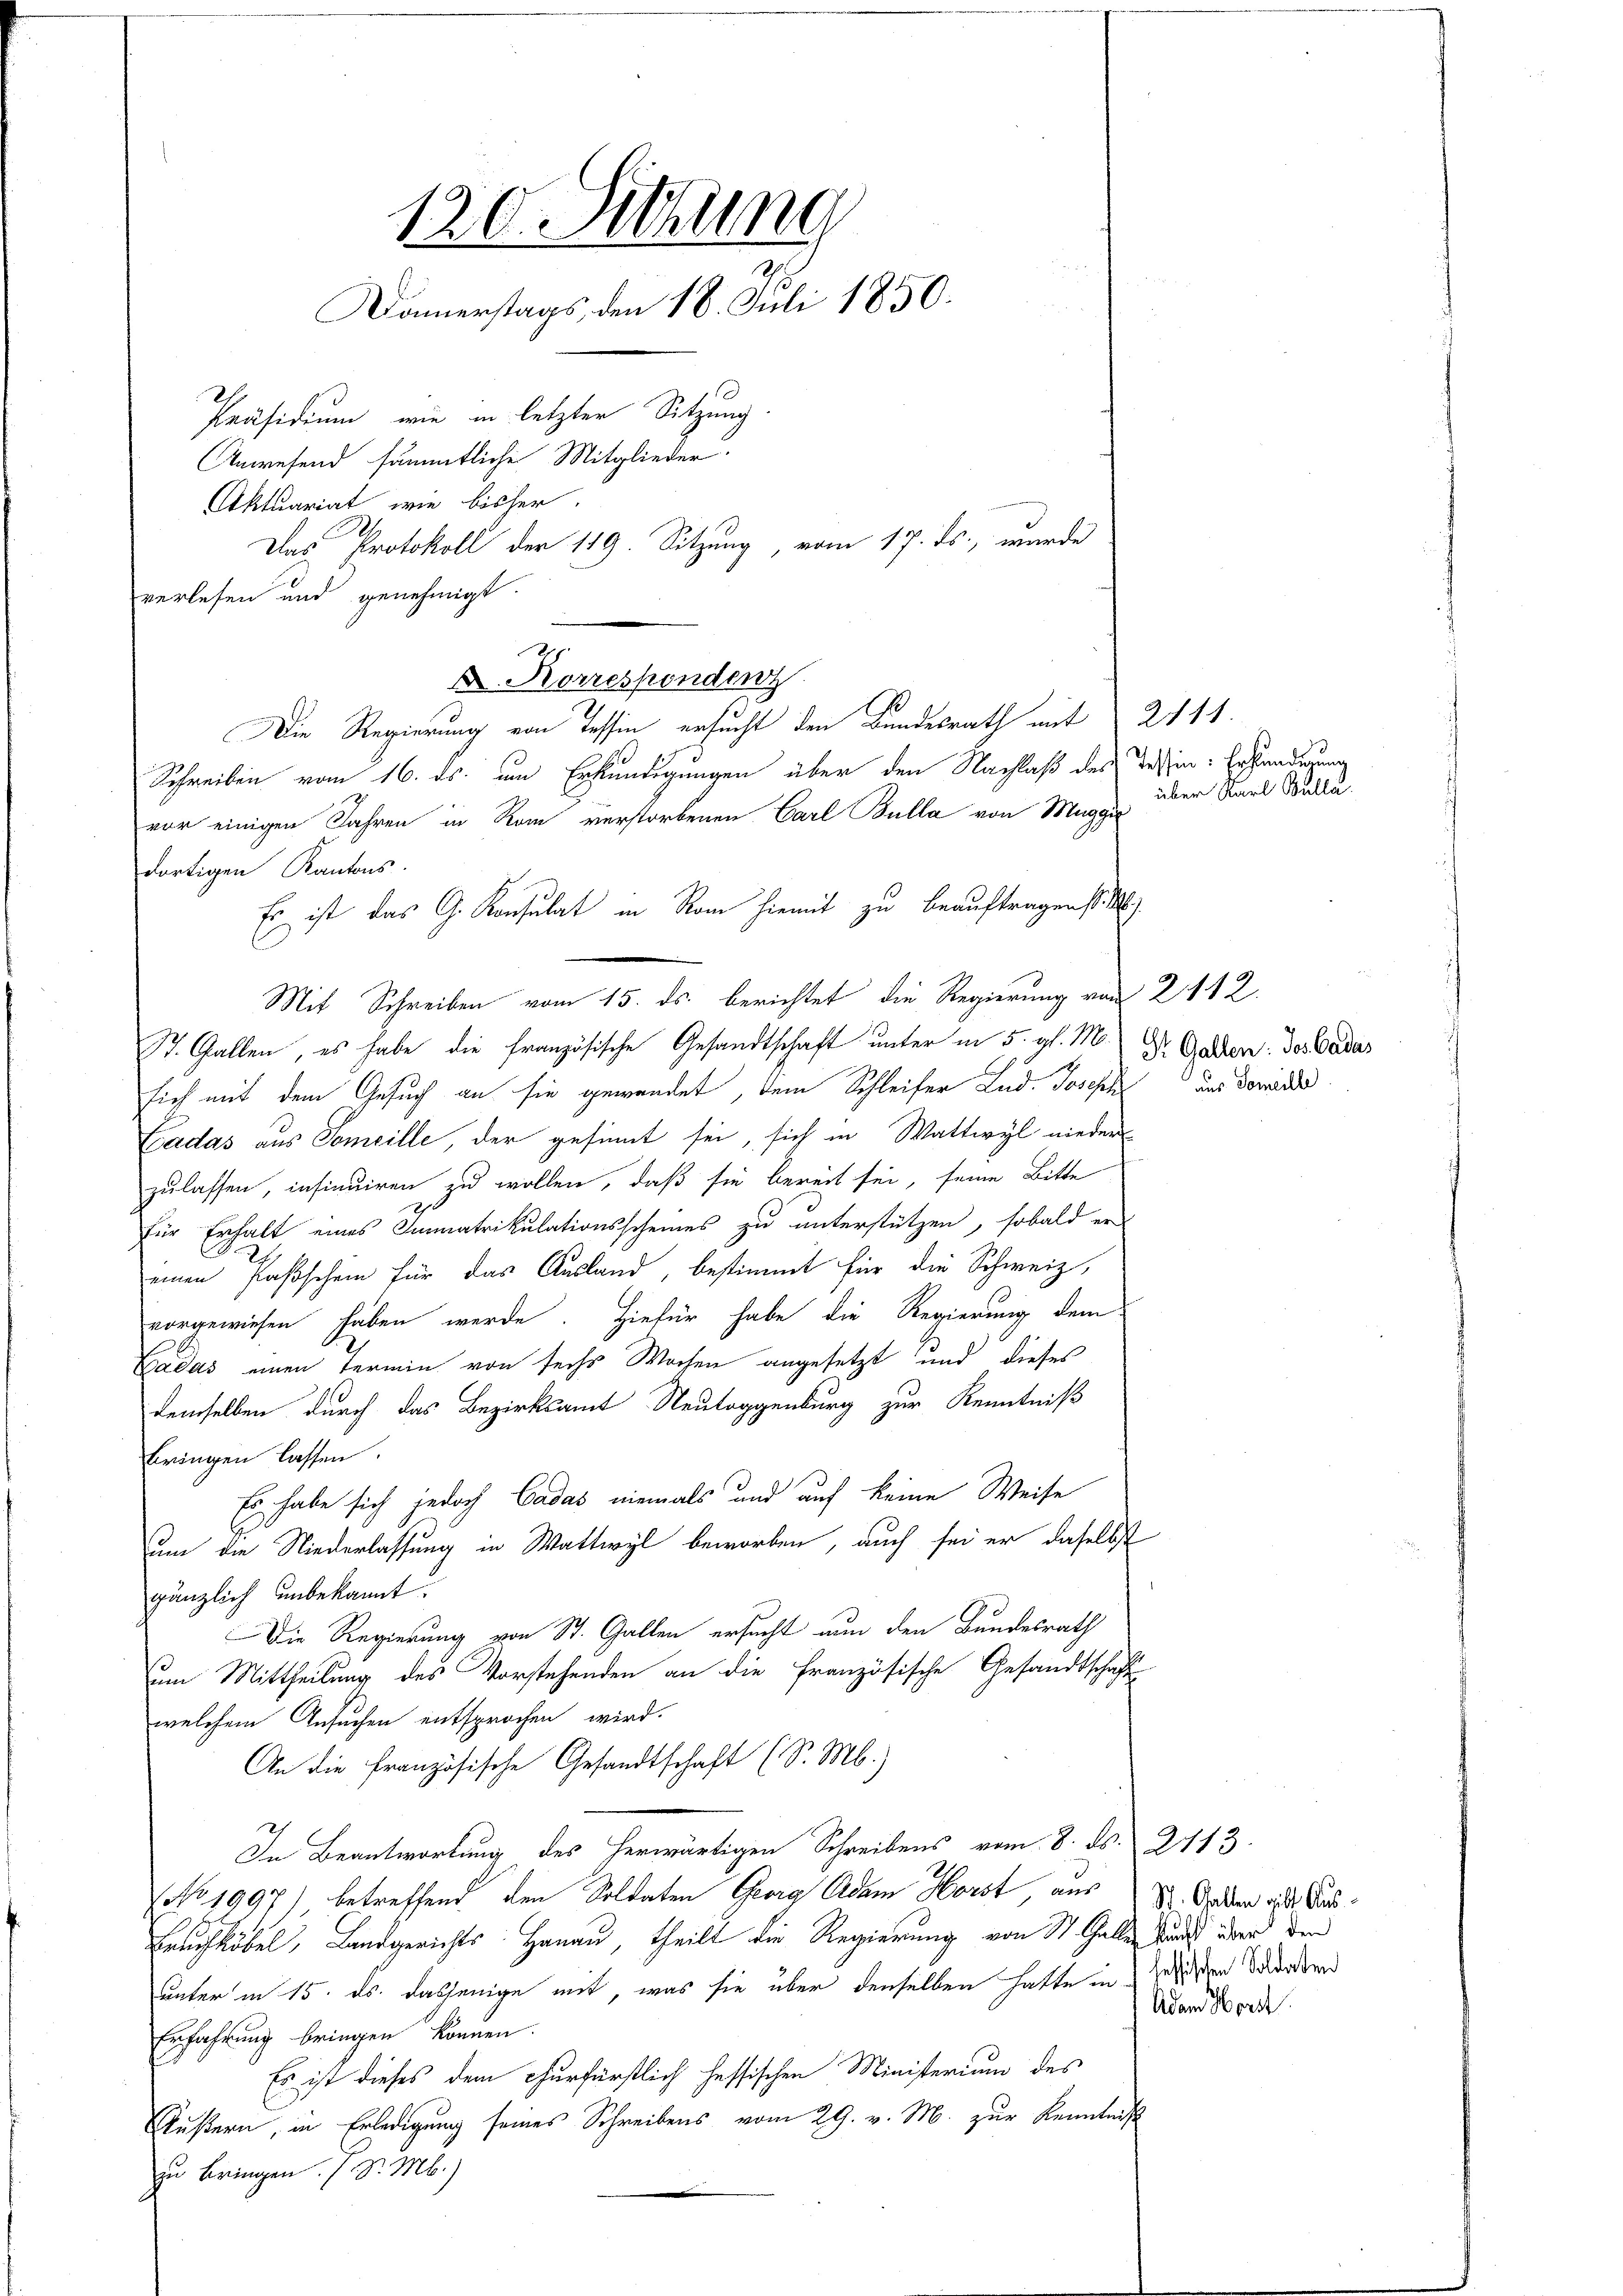
120. Sitzung
Damerstags, den 18. Juli 1850.
Präsidium, wie in letzter Sitzung
Anwesend sämmtliche Mitglieder
Aktuariat wie bisher.
Das Protokoll der 119. Sitzung, vom 17. ds., wurde

vor einigen Jahren in Rom verstorbenen Carl Bulla von Maggi
dortigen Kantons.
Es ist das G. Konsulat in Rom hiemit zu beauftragen still
Mit Schreiben vom 15. ds. berichtet die Regierung von 2 112.
St. Gallen, es habe die französische Gesandtschaft unter in 5. gl. M. Dr. Gallen: des Cadas
sich mit dem Gesuch an sie gewendet, dem Schleifer Lud. Joseph
Cadas aus Someille, der gesinnt sei, sich in Wattwyl nieder
zulassen, insinuiren zu wollen, daß sie bereit sei, seine Bitte
für Erhalt eines Immatrikulationsscheines zu unterstützen, sobald er
einen Paßschein für das Ausland, bestimmt für die Schweiz,
vorgewiesen haben werde. Hiefür habe die Regierung dem
Cadas einen Termin von sechs Wochen angesetzt und dieses
demselben durch das Bezirksamt Neutoggenburg zur Kenntniß
bringen lassen.
Es habe sich jedoch Cadas niemals und auf keine Weise
um die Niederlassung in Wattwyl beworben, auch sei er daselbst
gänzlich unbekannt.
Die Regierung von St. Gallen ersucht nun den Bundesrath
um Mittheilung des Vorstehenden an die Französische Gesandtschaft
welchem Ansuchen entsprochen wird.
An die französische Gesandtschaft (S. M.)
In Beantwortung des herwärtigen Schreibens vom 8. ds. 2113
(NNo. 1997), betreffend den Soldaten Georg Adam Horst aus St. Gaden mit Aus¬
Erachköbel, Landgerichts Hanau, theilt die Regierung von St. Galler durch über den
unter in 15. ds. dasjenige mit, was sie über denselben hatte in Zwisten Schorden
Erfahrung bringen können.
Es ist dieses dem churfürstlich hessischen Ministerium des
Äußern, in Erledigung seines Schreibens vom 29. v. M. zur Kenntniß
zu bringen. S. M.)

verlesen und genehmigt.
D. Korrespondenz
Die Regierung von Tessin ersucht den Bundesrath mit 2111.
Schreiben vom 16. ds. um Erkundigungen über den Nachlaß des

Tessin: Erhändigung
über Karl Bulla.

aus Someille

Adam Horst